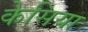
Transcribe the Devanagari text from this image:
केसिया